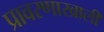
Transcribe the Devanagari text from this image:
प्रावरणाखाली